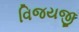
વિજયજી